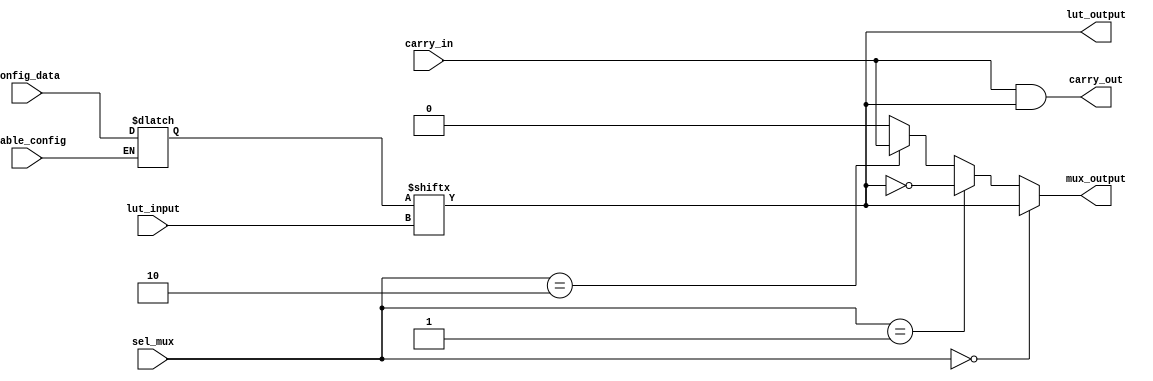
module CLB (
    input wire [3:0] lut_input,  // 4-bit inputs for the LUT (can be extended to 6-bit for 6-input LUT)
    input wire [1:0] sel_mux,     // Select lines for MUX
    input wire carry_in,          // Carry input for arithmetic logic
    input wire enable_config,     // Enable signal for configuration logic
    input wire [15:0] config_data, // Configuration data for the LUT
    output wire lut_output,       // Output of the LUT
    output wire mux_output,       // Output of the MUX
    output wire carry_out         // Carry output for arithmetic logic
);

// Lookup Table
reg [15:0] lut;  // 16 possible combinations for 4-input LUT

// Assign the LUT output based on the configuration
always @(*) begin
    if (enable_config) begin
        lut = config_data; // Load configuration data
    end
end

assign lut_output = lut[lut_input]; // Use input as address for LUT

// Multiplexer Logic
assign mux_output = (sel_mux == 2'b00) ? lut_output :
                    (sel_mux == 2'b01) ? ~lut_output :
                    (sel_mux == 2'b10) ? carry_in :
                    1'b0; // Default case can be handled as needed


// Carry Logic (Example: Simple Carry Out Generation)
assign carry_out = carry_in & lut_output; // Example carry logic (e.g. for an addition operation)

endmodule